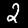
Label: 2